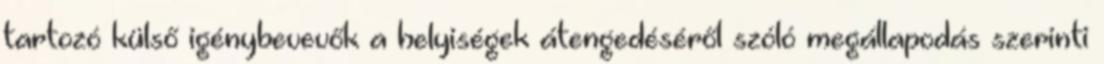
tartozó külső igénybevevők a helyiségek átengedéséről szóló megállapodás szerinti